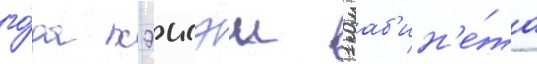
го́да хэисэи 1 каб'ин'е́та